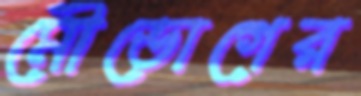
মৌভোগের